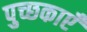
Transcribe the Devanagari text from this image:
पुच्छकाएँ